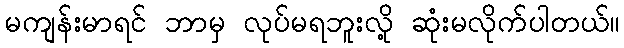
မကျန်းမာရင် ဘာမှ လုပ်မရဘူးလို့ ဆုံးမလိုက်ပါတယ်။